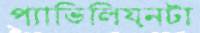
প্যাভিলিয়নটা